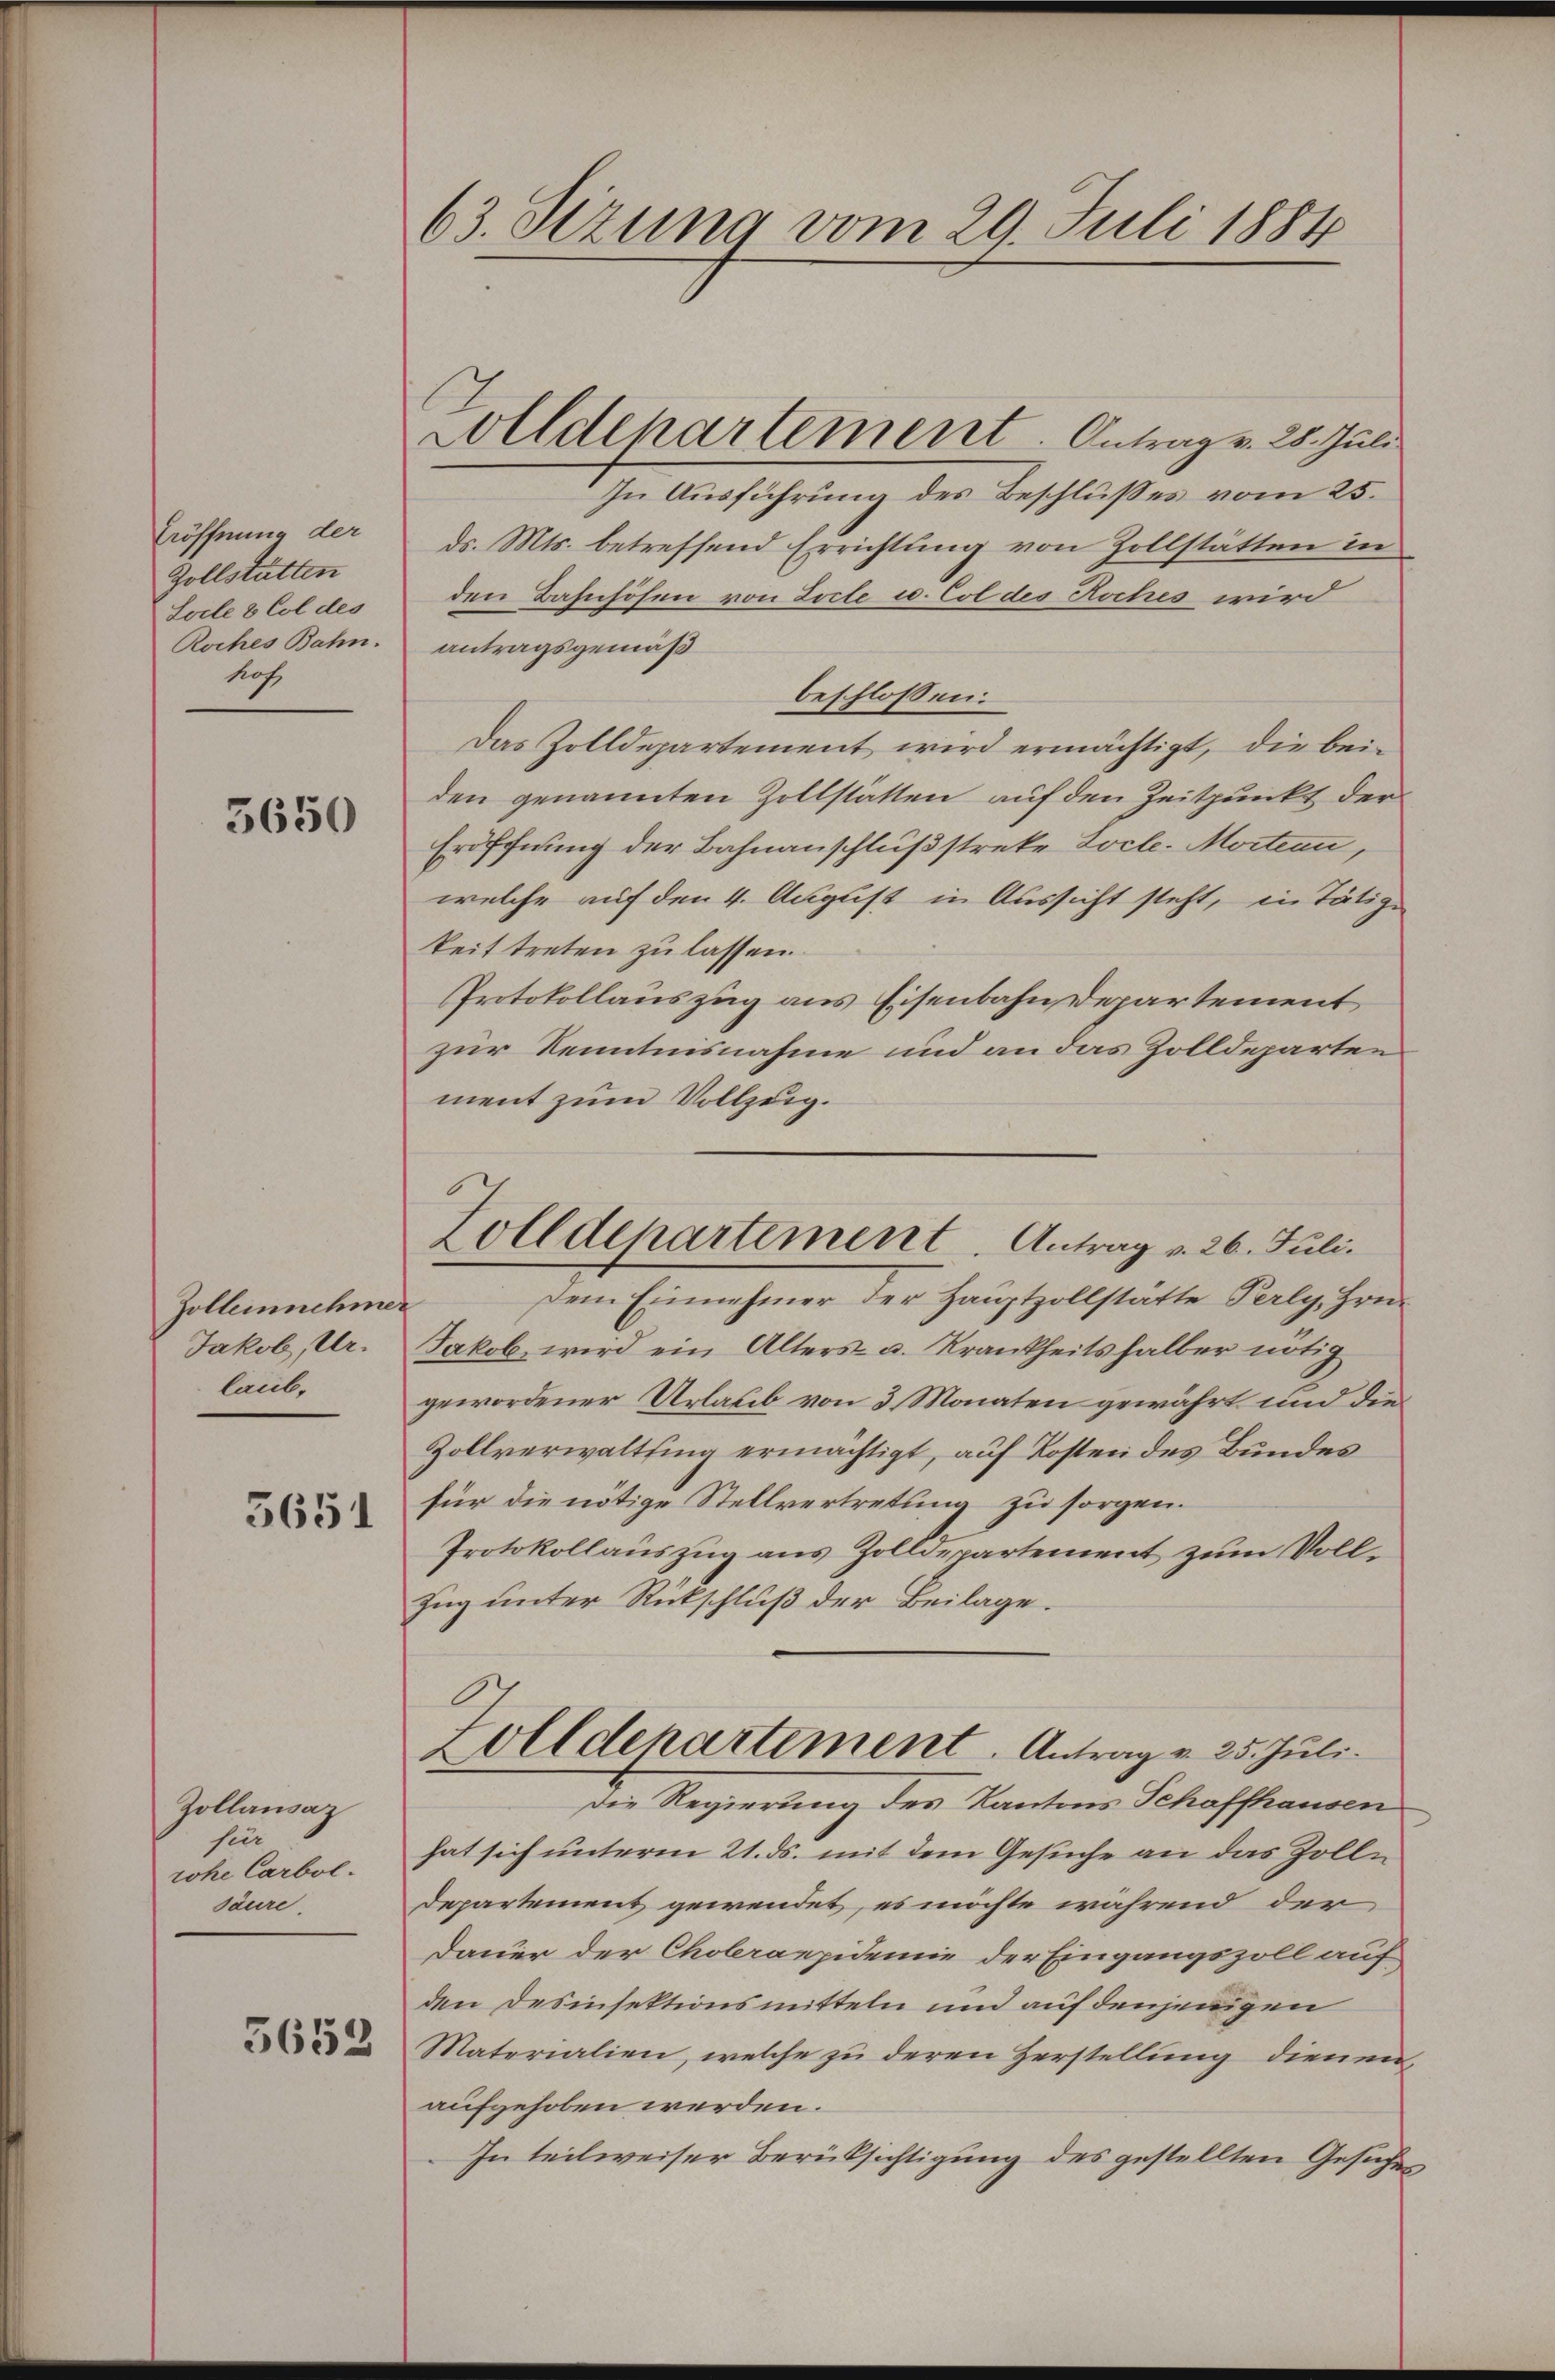
Eröffnung der
Zollstatten
Locle 8 Col des
Roches Bahn.
hof,

3650

Zollernehmer
Jakob, Urlaub.

5651

Zollansaz
sier
rohe Carbol.
säure.

5652

63. Sizung vom 29. Juli 1884

Solldepartement. Antrag v. 28. Juli.

Zolldepartement. Antrag v. 26. Juli.

In Ausführung des Beschlußes vom 25.
ds. Mts. betreffend Errichtung von Zollstätten in
den Bahnhöfen von Zocle u. Col des Roches wird
antragsgemäß
beschlossen:
Das Zolldepartement wird ermächtigt, die beiden genannten Zollstätten auf den Zeitpunkt der
Eröffnung der Bahnanschlußstreke Locle-Mortian,
welche auf den 4. August in Aussicht steht, in Tätige
keit treten zu lassen.
Protokollauszug aus Eisenbahndepartement
zur Kenntnisnahme und an das Zolldeparten
ment zum Vollzuig.
dem Einnehmer der Hauptzollstätte Perly, Hrn.
Jakob wird ein Alters- u. Krankheitshalber nötig
gewordener Urlaub von 3 Monaten gewährt und die
Zollverwaltting ermächtigt, auf Kosten des Bundes
für die nötige Stellvertretung zu sorgen.
Protokollauszug aus Zolldepartement zum Voll¬
Zug unter Rückschluß der Beilage.
Zolldepartement. Antrag v. 25. Juli.
Die Regierung des Kantons Schaffhausen
hat sich unterm 21. ds. mit dem Gesuche an das Zolle
Departement gewendet, es möchte während der
Dauer der Choleraepidemie der Eingangszoll auf
den Desinsektionsmitteln und auf denjenigen
Materialien, welche zu deren Herstellung dienen,
aufgehoben werden.
In teilweiser Berücksichtigung des gestellten Gesucher,